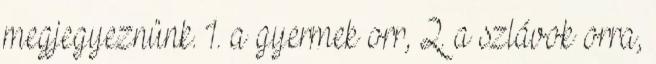
megjegyeznünk. 1. a gyermek orr, 2. a szlávok orra,